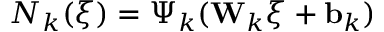
{ \cal N } _ { k } ( \xi ) = \Psi _ { k } ( { \bf W } _ { k } \xi + { \bf b } _ { k } )